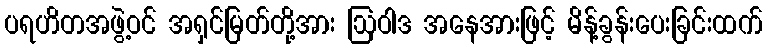
ပရဟိတအဖွဲ့ဝင် အရှင်မြတ်တို့အား ဩဝါဒ အနေအားဖြင့် မိန့်ခွန်းပေးခြင်းထက်